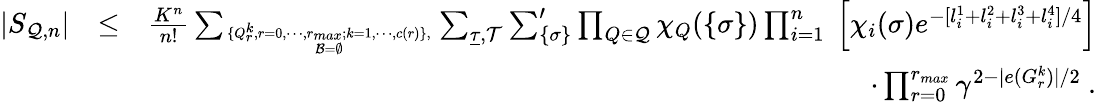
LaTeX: \begin{array}{rlr}{|S_{{\cal Q},n}|}&{\le}&{{\frac{K^{n}}{n!}}\sum_{\{ Q_{r}^{k},{r=0},\cdots,r_{max};{k=1},\cdots,c(r)\} ,\atop{{\cal B}=\emptyset}}\sum_{\underline{\tau},{\cal T}}\sum_{\{ {\sigma}\} }^{\prime}\prod_{Q\in{\cal Q}}\chi_{Q}(\{ \sigma\} )\prod_{i=1}^{n}\ \Big[\chi_{i}({\sigma})e^{-[l_{i}^{1}+l_{i}^{2}+l_{i}^{3}+l_{i}^{4}]/4}\Big]}\\ &{}&{\quad\cdot\prod_{r=0}^{r_{max}}\gamma^{2-|e(G_{r}^{k})|/2}\ .}\end{array}